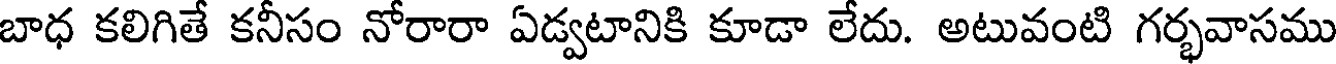
బాధ కలిగితే కనీసం నోరారా ఏడ్వటానికి కూడా లేదు. అటువంటి గర్భవాసము